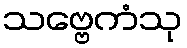
သဗ္ဗေကံသု